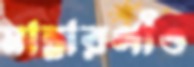
মান্নারগাঁও